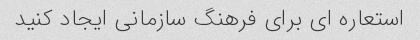
استعاره ای برای فرهنگ سازمانی ایجاد کنید